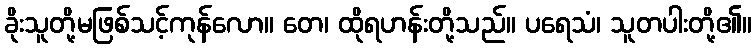
ခိုးသူတို့မဖြစ်သင့်ကုန်လော။ တေ၊ ထိုရဟန်းတို့သည်။ ပရေသံ၊ သူတပါးတို့၏။